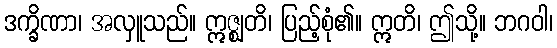
ဒက္ခိဏာ၊ အလှူသည်။ ဣဇ္ဈတိ၊ ပြည့်စုံ၏။ ဣတိ၊ ဤသို့။ ဘဂဝါ၊